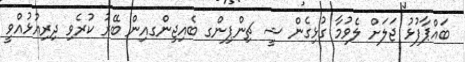
ބައްޕާފުޅު ޖަލަށް ލެވުމާ ގުޅިގެން ޝީ ޗިންޕިންގ ބެއިޖިންގއިން ބޭރު ކުރެވި ދިރިއުޅުއްވީ